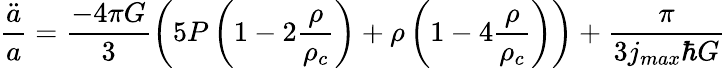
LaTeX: \frac{\ddot{a}}{a}=\frac{-4\pi G}{3}\left(5P\left(1-2\frac{\rho}{\rho_{c}}\right)+\rho\left(1-4\frac{\rho}{\rho_{c}}\right)\right)+\frac{\pi}{3j_{max}\hbar G}